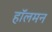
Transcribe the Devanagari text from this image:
हॉलमन